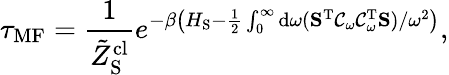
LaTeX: \tau_{\mathrm{MF}}=\frac{1}{\tilde{Z}_{\mathrm{S}}^{\mathrm{cl}}}e^{-\beta\big(H_{\mathrm{S}}-\frac{1}{2}\int_{0}^{\infty}\mathrm{d}\omega(\mathbf{S}^{\mathrm{T}}\mathcal{C}_{\omega}\mathcal{C}_{\omega}^{\mathrm{T}}\mathbf{S})/\omega^{2}\big)},